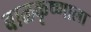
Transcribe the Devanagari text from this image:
बाळकृष्णाला